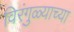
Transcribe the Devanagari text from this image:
विरंगुळ्याच्या